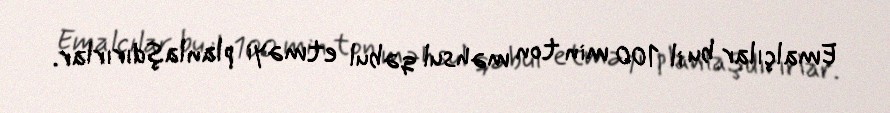
Emalçılar bu il 100 min ton məhsul qəbul etməyi planlaşdırırlar.